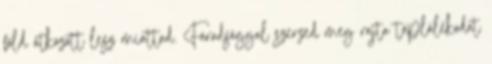
föld átkozott lesz miattad. Fáradsággal szerzed meg rajta táplálékodat